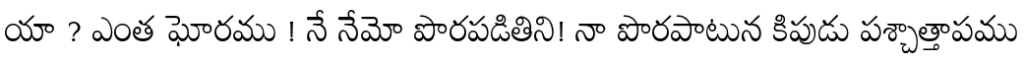
యా ? ఎంత ఘోరము ! నే నేమో పొరపడితిని! నా పొరపాటున కిపుడు పశ్చాత్తాపము